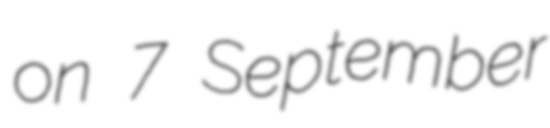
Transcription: on 7 September